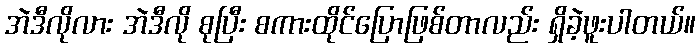
အဲဒီလိုလား အဲဒီလို စုပြီး စကားထိုင်ပြောဖြစ်တာလည်း ရှိခဲ့ဖူးပါတယ်။